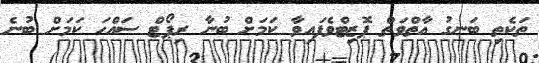
ތަކެތި ބަނގު އާތްވަތް ޕޮޒިޓްވެފައިވާ ކަމަށް ބުނާ ރިޕޯޓް ސައްހަ ކަމަށް ބުނެ